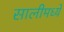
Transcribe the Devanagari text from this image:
सालीमध्ये